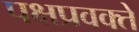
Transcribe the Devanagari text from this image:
पक्षप्रवक्ते